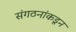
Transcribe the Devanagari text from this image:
संगठनांकडून